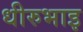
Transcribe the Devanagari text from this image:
धीरुभाइ